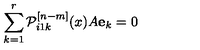
\sum _ { k = 1 } ^ { r } { \cal P } _ { i 1 k } ^ { [ n - m ] } ( x ) A { \bf e } _ { k } = 0